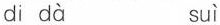
di dà suì